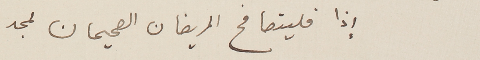
إذا فليتصافح المريضان الصحيحان لمجد